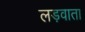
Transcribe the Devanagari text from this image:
लड़वाता